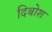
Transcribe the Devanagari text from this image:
दिबोश